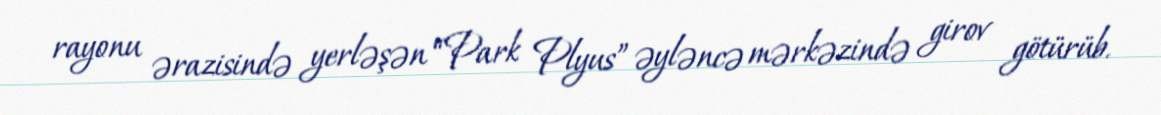
rayonu ərazisində yerləşən “Park Plyus” əyləncə mərkəzində girov götürüb.